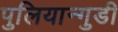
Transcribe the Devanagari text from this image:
पुलियान्गुडी